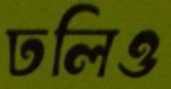
ঢলিও